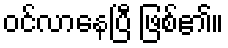
ဝင်လာနေပြီ ဖြစ်၏။